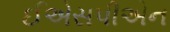
ઈએસપીએન